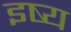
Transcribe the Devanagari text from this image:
इष्य